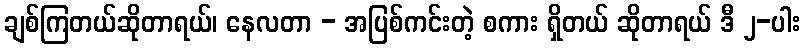
ချစ်ကြတယ်ဆိုတာရယ်၊ နေလတာ - အပြစ်ကင်းတဲ့ စကား ရှိတယ် ဆိုတာရယ် ဒီ ၂-ပါး